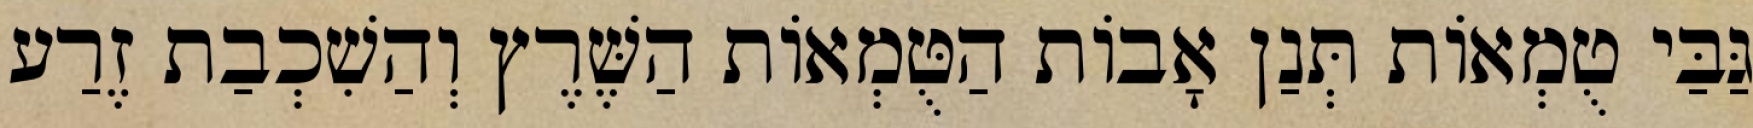
גַּבַּי טֻמְאוֹת תְּנַן אָבוֹת הַטֻּמְאוֹת הַשֶּׁרֶץ וְהַשִׁכְבַת זֶרַע